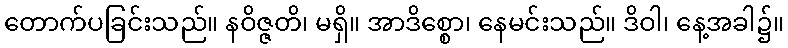
တောက်ပခြင်းသည်။ နဝိဇ္ဇတိ၊ မရှိ။ အာဒိစ္စော၊ နေမင်းသည်။ ဒိဝါ၊ နေ့အခါ၌။